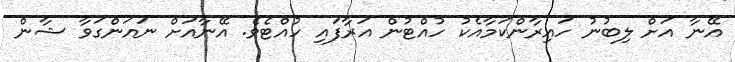
އޭނާ އަށް ލިބުނު ހައިރާންކަމާއެކު ހުއްޓުން އަރާފައި ހުއްޓެވެ. އޭނާއަށް ނައަންގަވާ ޝާން